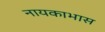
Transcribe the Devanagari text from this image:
नायकाभास